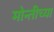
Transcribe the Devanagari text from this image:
मोन्तीच्या